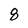
Character: 8